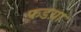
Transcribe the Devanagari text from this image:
फडय़ा